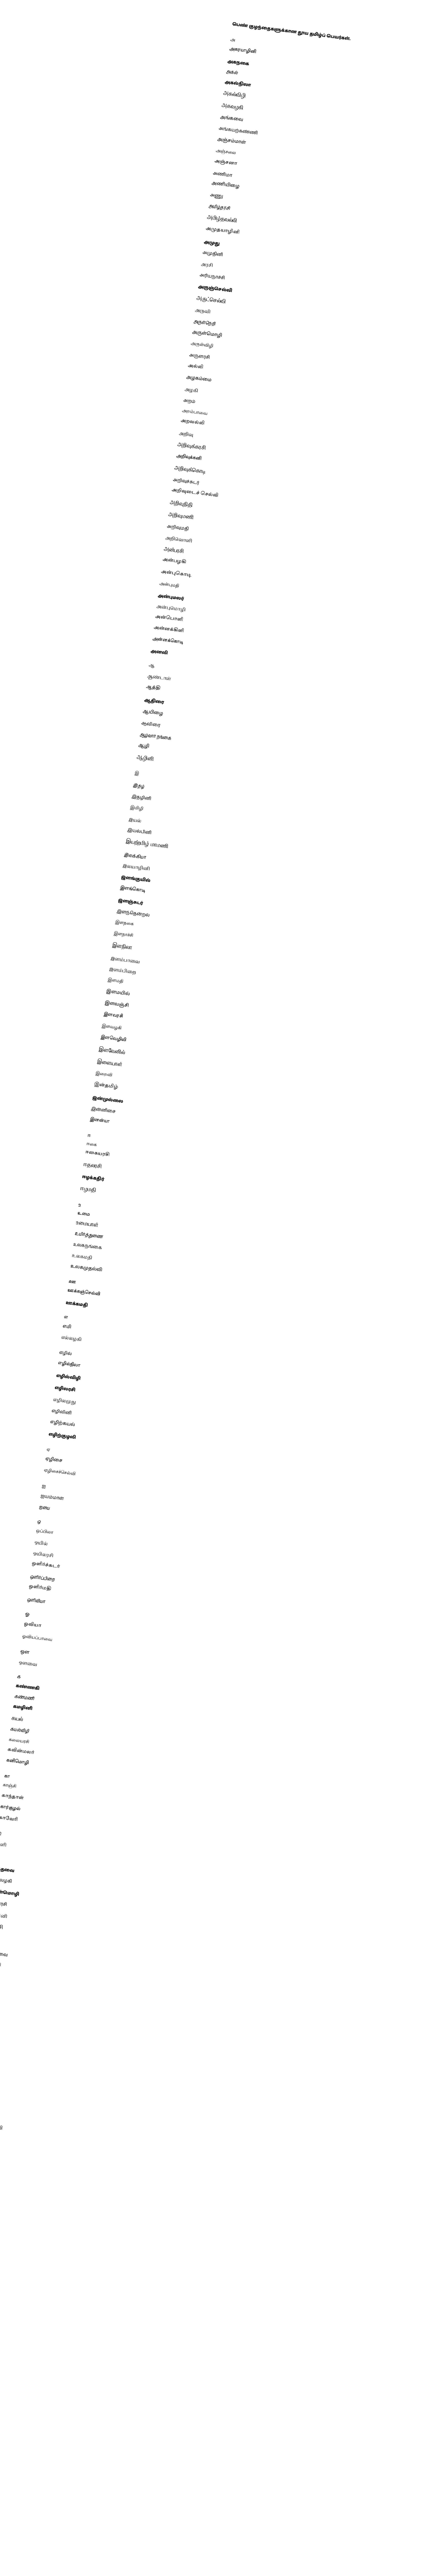
பெண் குழந்தைகளுக்கான தூய தமிழ்ப் பெயர்கள்.

அ
 அகரயாழினி
 அகநகை
 அகல்
 அகல்நிலா
 அகல்விழி
 அகவழகி
 அங்கவை
 அங்கயற்கண்ணி
 அஞ்சம்மாள்
 அஞ்சலை
 அஞ்சனா
 அணிமா
 அணியிழை
 அணு
 அமிழ்தரசி
 அமிழ்தவல்லி
 அமுதயாழினி
 அமுது
 அமுதினி
 அரசி
 அரியநாச்சி
 அருஞ்செல்வி
 அருட்செல்வி
 அருவி
 அருள்நெறி
 அருள்மொழி
 அருள்விழி
 அருளரசி
 அல்லி
 அழகம்மை
 அழகி
 அறம்
 அறம்பாவை
 அறவல்லி
 அறிவு
 அறிவுக்கரசி
 அறிவுக்கனி
 அறிவுக்கொடி
 அறிவுச்சுடர்
 அறிவுடைச் செல்வி
 அறிவுநிதி
 அறிவுமணி
 அறிவுமதி
 அறிவொளி
 அன்பரசி
 அன்பழகி
 அன்புகொடி
 அன்புமதி
 அன்புமலர்
 அன்புமொழி
 அன்பொளி
 அன்னக்கிளி
 அன்னக்கொடி
 அனலி

ஆ
 ஆண்டாள்
 ஆத்தி
 ஆதிரை
 ஆயிழை
 ஆவிரை
 ஆழ்வார் நங்கை
 ஆழி
 ஆழினி

இ
 இதழ்
 இதழினி
 இமிழி
 இயல்
 இயல்பினி
 இயற்றமிழ் மாமணி
 இலக்கியா
 இலயாழினி
 இளங்குயில்
 இளங்கொடி
 இளஞ்சுடர்
 இளந்தென்றல்
 இளநகை
 இளநாச்சி
 இளநிலா
 இளம்பாவை
 இளம்பிறை
 இளமதி
 இளமயில்
 இளவஞ்சி
 இளவரசி
 இளவழகி
 இளவெழிலி
 இளவேனில்
 இளையாள்
 இறைவி
 இன்தமிழ்
 இன்முல்லை
 இன்னிசை
 இனன்யா

ஈ
 ஈகை
 ஈகையரசி
 ஈதலரசி
 ஈழக்கதிர்
 ஈழமதி

உ
 உமை
 உமையாள்
 உயிர்த்துணை
 உலகநங்கை
 உலகமதி
 உலகமுதல்வி

ஊ
 ஊக்கஞ்செல்வி
 ஊக்கமதி

எ
 எமி
 எல்லழகி

 எழில்
 எழில்நிலா
 எழில்விழி
 எழிலரசி
 எழிலமுது
 எழிலினி
 எழிற்கயல்
 எழிற்குழலி

ஏ
 ஏழிசை
 ஏழிசைச்செல்வி

ஐ
 ஐயம்மாள்
 ஐயை

ஒ
 ஒப்பிலா
 ஒயில்
 ஒயிலரசி
 ஒளிர்ச்சுடர்
 ஒளிர்ப்பிறை
 ஒளிர்மதி
 ஒளிவியா

ஓ
 ஓவியா
 ஓவியப்பாவை

ஔ
ஔவை

க
 கண்ணகி
 கண்மணி
 கமழினி
 கயல்
 கயல்விழி
 கலையரசி
 கவின்மலர்
 கனிமொழி

கா
 காஞ்சி
 காந்தாள்
 கார்குழல்
 காவேரி

கி
 கிளி

கு
 குந்தவை
 குழலழகி
 குறள்மொழி
 குறளரசி
 குறளினி
 குறிஞ்சி

கொ
 கொற்றவை
 கொழிஞ்சி
 கொழுந்து
 கொன்றை

கோ
 கோதை
 கோமகள்
 கோலமயில்
 கோவழகி
 கோவை

ச
 சங்கவை
 சங்கினி

சி
 சிட்டு
 சிந்தனைச்செல்வி
 சிந்தாமணி
 சிலம்பரசி
 சிலம்பழகி
 சிலம்புமணி
 சிலம்புமதி
 சிலையழகி
 சிற்பிகா
 சிறைமுத்து
 சின்னம்மாள்
 சின்னத்தாய்

சு
 சுடர்கொடி
 சுடரொளி

சூ
 சூடாமணி
 சூடாமலர்
 சூளாமணி

செ
 செங்கனி
 செங்காந்தாள்
 செங்குயில்
 செங்கொடி
 செந்தமிழ்
 செந்தாமரை
 செம்மலர்
 செம்மொழி
 செம்பியன் செல்வி
 செல்லக்கிளி
 செல்லத்தாய்
 செல்லம்மாள்
 செல்லி
 செல்வக்கொடி
 செல்வி
 செவ்வந்தி
 செவ்வி
 செவ்விழ